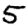
Digit: 5